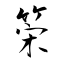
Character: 筞